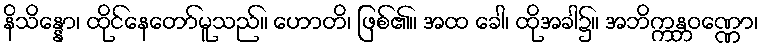
နိသိန္နော၊ ထိုင်နေတော်မူသည်။ ဟောတိ၊ ဖြစ်၏။ အထ ခေါ၊ ထိုအခါ၌။ အဘိက္ကန္တဝဏ္ဏော၊